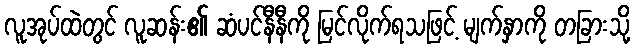
လူအုပ်ထဲတွင် လူဆန်း၏ ဆံပင်နီနီကို မြင်လိုက်ရသဖြင့် မျက်နှာကို တခြားသို့